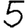
Digit: 5